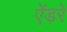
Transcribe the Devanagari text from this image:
ऐंडरे